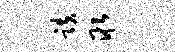
跌取